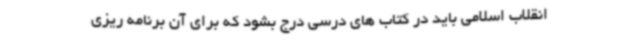
انقلاب اسلامی باید در کتاب های درسی درج بشود که برای آن برنامه ریزی